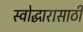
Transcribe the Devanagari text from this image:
स्वोद्धारासाठी